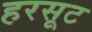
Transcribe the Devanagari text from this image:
हरसूट